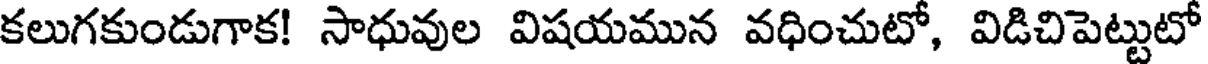
కలుగకుండుగాక! సాధువుల విషయమున వధించుటో, విడిచిపెట్టుటో